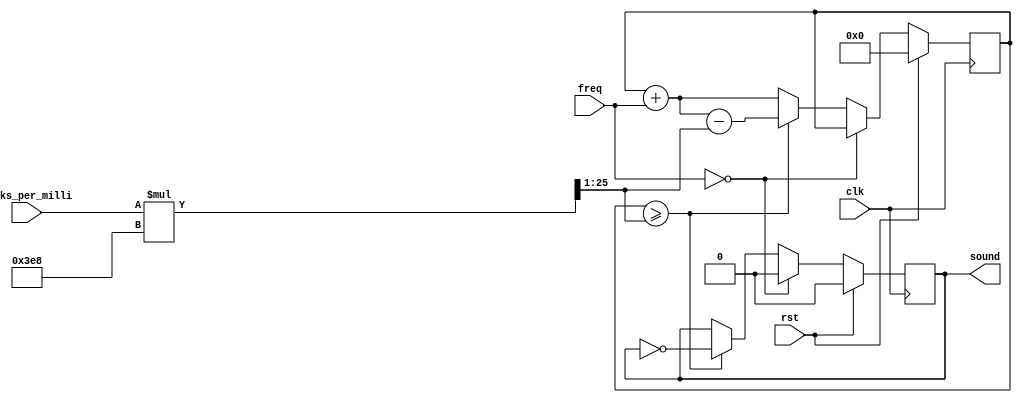
`timescale 1ns / 1ps
module play (
    input wire clk,
    input wire rst,
    input wire [15:0] ticks_per_milli,
    input wire [9:0] freq,
    output reg sound
);
  reg [31:0] tick_counter;
  wire [31:0] ticks_per_second = ticks_per_milli * 1000;

  always @(posedge clk) begin
    if (rst) begin
      tick_counter <= 0;
      sound <= 0;
    end else if (freq == 0) begin
      sound <= 0;
    end else begin
      tick_counter <= tick_counter + freq;
      if (tick_counter >= (ticks_per_second >> 1)) begin
        sound <= !sound;
        tick_counter <= tick_counter + freq - (ticks_per_second >> 1);
      end
    end
  end

endmodule